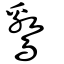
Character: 鸄